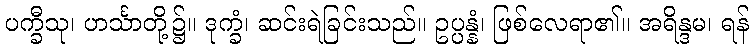
ပက္ခီသု၊ ဟင်္သာတို့၌။ ဒုက္ခံ၊ ဆင်းရဲခြင်းသည်။ ဥပ္ပန္နံ၊ ဖြစ်လေရာ၏။ အရိန္ဒမ၊ ရန်